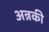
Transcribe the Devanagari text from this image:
अन्नकी